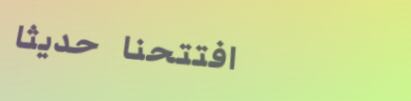
افتتحنا حديثاً